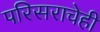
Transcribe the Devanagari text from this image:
परिसराचेही